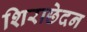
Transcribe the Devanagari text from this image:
शिराछेदन